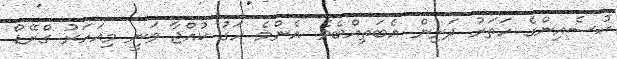
ޙުސެއިންގެ ހަތަރު ދަރިން އެބަތިއްބެވެ. އެންމެ ހަގު ކުއްޖާ ވަނީ މިއަހަރު ގްރޭޑް